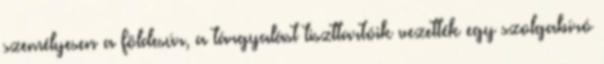
személyesen a földesúr, a tárgyalást tiszttartóik vezették egy szolgabíró